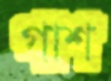
গাশ